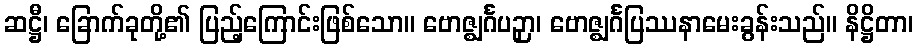
ဆဋ္ဌီ၊ ခြောက်ခုတို့၏ ပြည့်ကြောင်းဖြစ်သော။ ဗောဇ္ဈင်္ဂပဉှာ၊ ဗောဇ္ဈင်္ဂပြဿနာမေးခွန်းသည်။ နိဋ္ဌိတာ၊